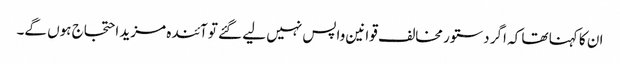
ان کا کہنا تھا کہ اگر دستور مخالف قوانین واپس نہیں لیے گئے تو آئندہ مزید احتجاج ہوں گے۔